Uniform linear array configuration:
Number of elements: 16
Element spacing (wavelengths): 0.75
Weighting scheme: kaiser
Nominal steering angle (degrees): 45
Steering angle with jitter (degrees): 46.061
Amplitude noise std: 0.05
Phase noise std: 0.05

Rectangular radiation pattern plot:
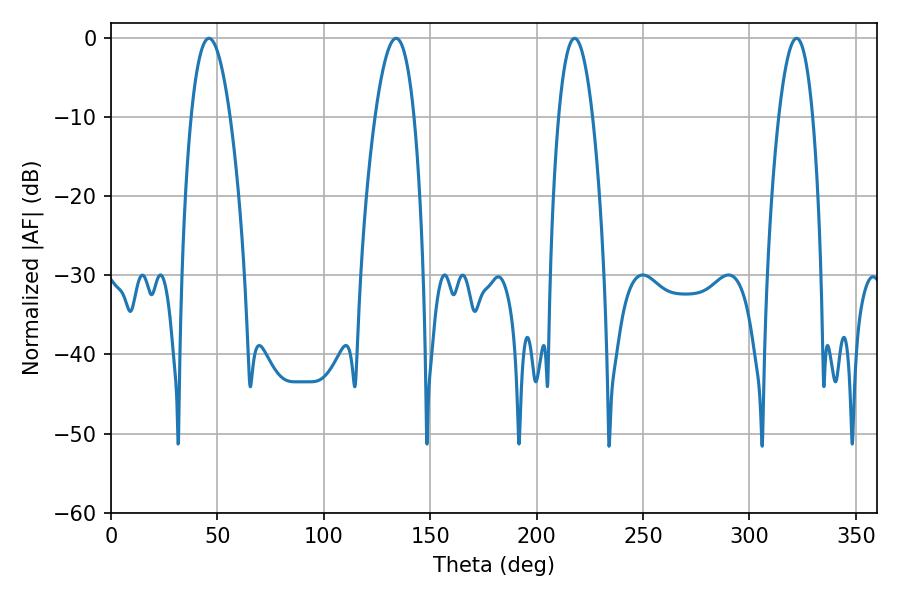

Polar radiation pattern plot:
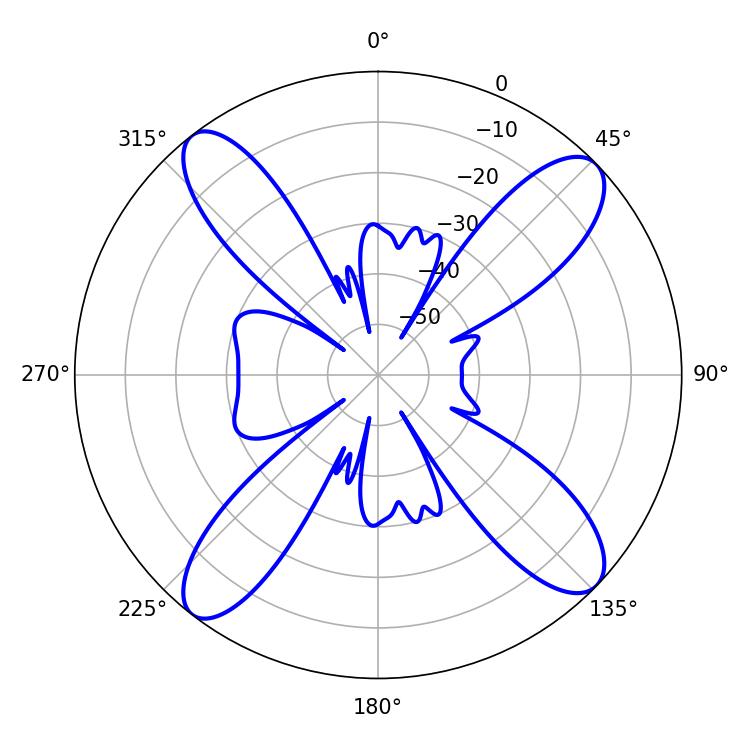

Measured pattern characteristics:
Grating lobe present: TRUE
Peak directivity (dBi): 14.601
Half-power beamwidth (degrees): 10.08
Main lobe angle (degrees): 46.08